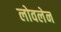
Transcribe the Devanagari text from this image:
लोवलेन